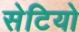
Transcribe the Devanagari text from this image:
सेटियो